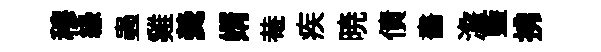
穆縁蟲雞羮婿𤲅疾暁債畵澹藍拂